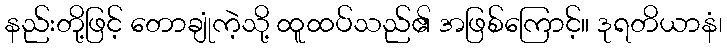
နည်းတို့ဖြင့် တောချုံကဲ့သို့ ထူထပ်သည်၏ အဖြစ်ကြောင့်။ ဒုရတိယာနံ၊